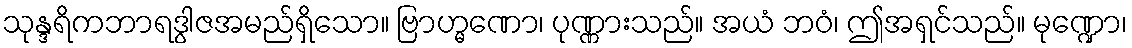
သုန္ဒရိကဘာရဒွါဇအမည်ရှိသော။ ဗြာဟ္မဏော၊ ပုဏ္ဏားသည်။ အယံ ဘဝံ၊ ဤအရှင်သည်။ မုဏ္ဍော၊